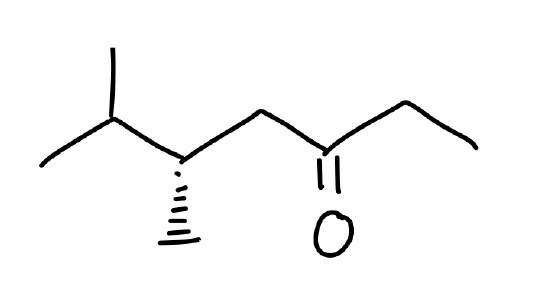
Simplified molecular-input line-entry system (SMILES) notation of the given molecule:
CCC(=O)C[C@H](C)C(C)C